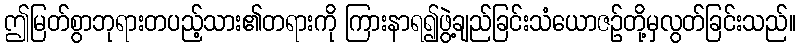
ဤမြတ်စွာဘုရားတပည့်သား၏တရားကို ကြားနာရ၍ဖွဲ့ချည်ခြင်းသံယောဇဉ်တို့မှလွတ်ခြင်းသည်။